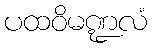
ပထဝိမဏ္ဍလံ